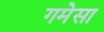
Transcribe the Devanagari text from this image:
गमेसा